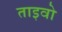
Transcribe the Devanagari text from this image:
ताइवो